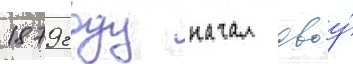
1879 году начал своу́